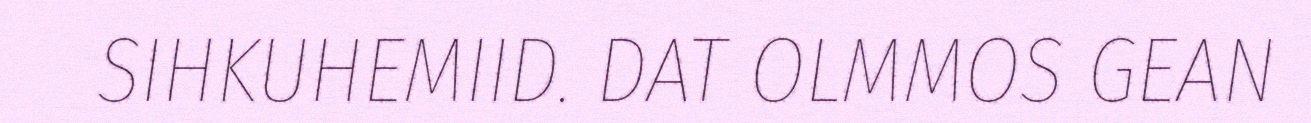
SIHKUHEMIID. DAT OLMMOS GEAN